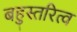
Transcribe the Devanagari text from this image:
बहुस्तरित्व